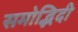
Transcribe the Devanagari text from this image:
समोद्भिदी